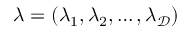
{ \boldsymbol \lambda } = { ( \lambda _ { 1 } , \lambda _ { 2 } , \dots , \lambda _ { \mathcal { D } } ) }